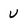
Character: U